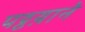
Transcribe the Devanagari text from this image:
पट्टय़ाने